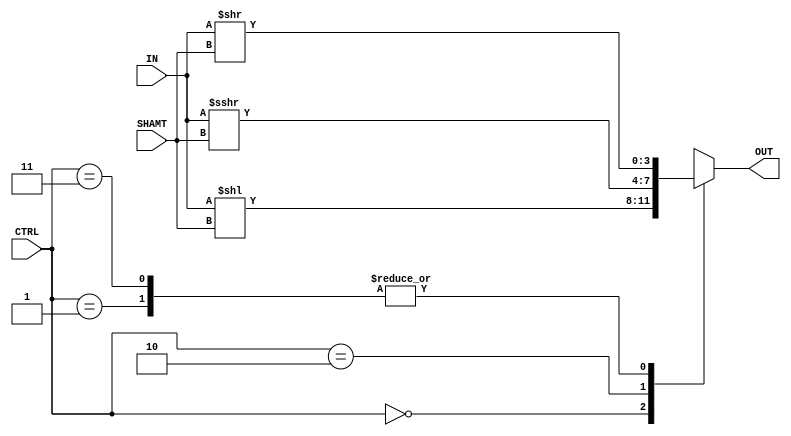
module shifter #(parameter W = 4) (
	input [W-1:0] IN,
	input [4:0] SHAMT,//shift amount
   input [1:0] CTRL,
   output reg [W-1:0] OUT
);

always @(*) begin
   case(CTRL)
        2'b00: OUT = IN << SHAMT;//LSL
        2'b01: OUT = IN >> SHAMT;//LSR
		  2'b10: OUT = IN >>> SHAMT;//ASR
		  2'b11: OUT = {IN << SHAMT,IN >> SHAMT};//RR
    endcase
end

endmodule